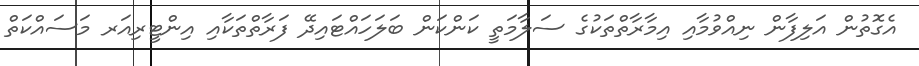
އެގޮތުން އަލިފާން ނިއްވުމާއި އިމާރާތްތަކުގެ ސަލާމަތީ ކަންކަން ބަލަހައްޓައިދޭ ފަރާތްތަކާއި އިންޓީރިއަރ މަސައްކަތް